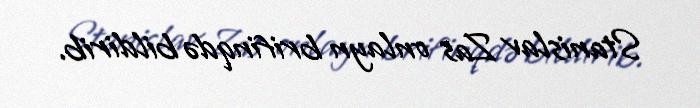
Stanislav Zas onlayn brifinqdə bildirib.